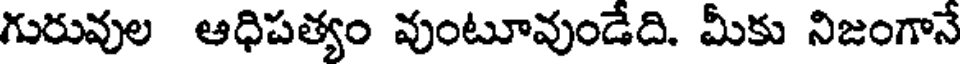
గురువుల ఆధిపత్యం వుంటూవుండేది. మీకు నిజంగానే